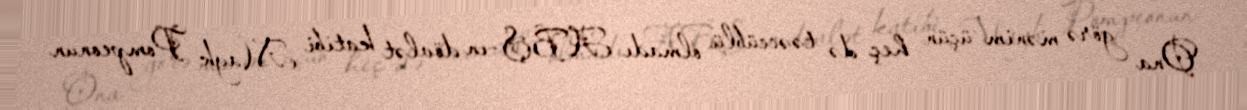
Ona görə mənim üçün heç də təəccüblü olmadı ABŞ-ın dövlət katibi Mayk Pompeonun